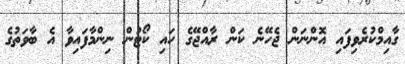
ގާއިމްކުރެވިފައި އޮންނަން ޖެހޭނެ ކަން ރާއްޖޭގެ ހައި ކޯޓުން ނިންމާފައިވާ އެ ބާވަތުގެ